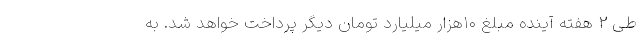
طی ۲ هفته آینده مبلغ ۱۰هزار میلیارد تومان دیگر پرداخت خواهد شد. به